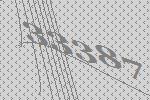
33387